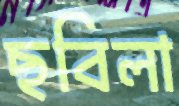
ছবিলা